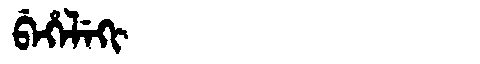
Manchu: ᠪᡝᡥᡝᠯᡝᡴᡳ
Romanization: BEHELEKI